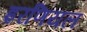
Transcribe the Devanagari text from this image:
इरणियल